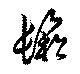
鬆